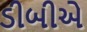
ડીબીએ